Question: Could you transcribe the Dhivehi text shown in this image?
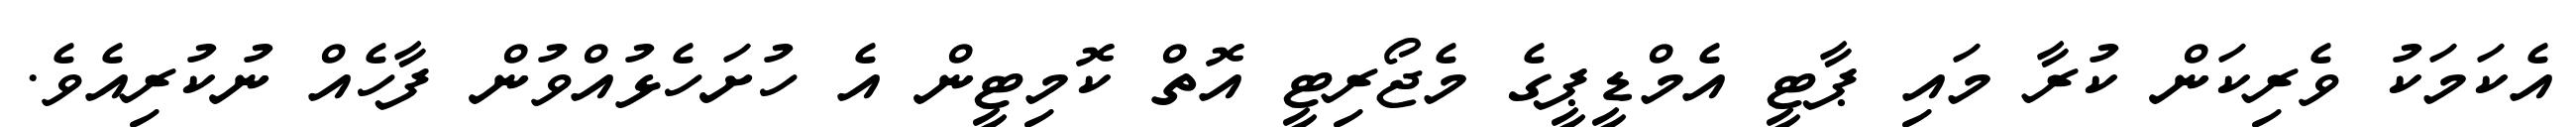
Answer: އެކަމަކު ވެރިކަން ކުރާ މައި ޕާޓީ އެމްޑީޕީގެ މެޖޯރިޓީ އޮތް ކޮމިޓީން އެ ހުށަހެޅުއްވުން ފާހެއް ނުކުރިއެވެ.